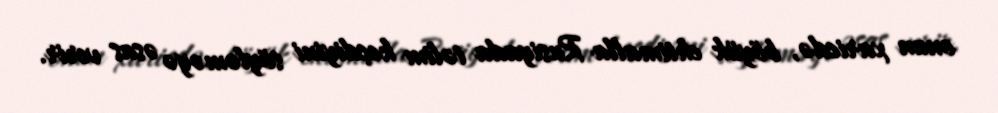
onun xaricdə, böyük ehtimalla Rusiyada təlim keçdiyini söyləməyə əsas verir.